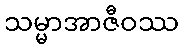
သမ္မာအာဇီဝဿ